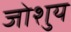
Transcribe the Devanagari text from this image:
जोशुय